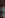
: